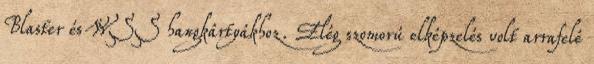
Blaster és WSS hangkártyákhoz. Elég szomorú elképzelés volt arrafelé